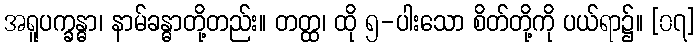
အရူပက္ခန္ဓာ၊ နာမ်ခန္ဓာတို့တည်း။ တတ္ထ၊ ထို ၅-ပါးသော စိတ်တို့ကို ပယ်ရာ၌။ [၀၇]